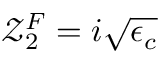
\mathcal { Z } _ { 2 } ^ { F } = i \sqrt { \epsilon _ { c } }